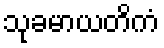
သုခမာယတိကံ